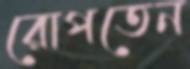
রোপতেন